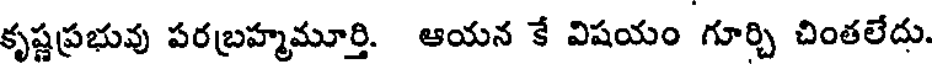
కృష్ణప్రభువు పరబ్రహ్మమూర్తి. ఆయన కే విషయం గూర్చి చింతలేదు.